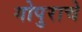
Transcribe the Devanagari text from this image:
गोपुराचे